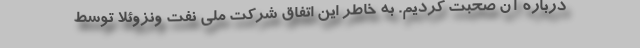
درباره آن صحبت کردیم. به خاطر این اتفاق شرکت ملی نفت ونزوئلا توسط